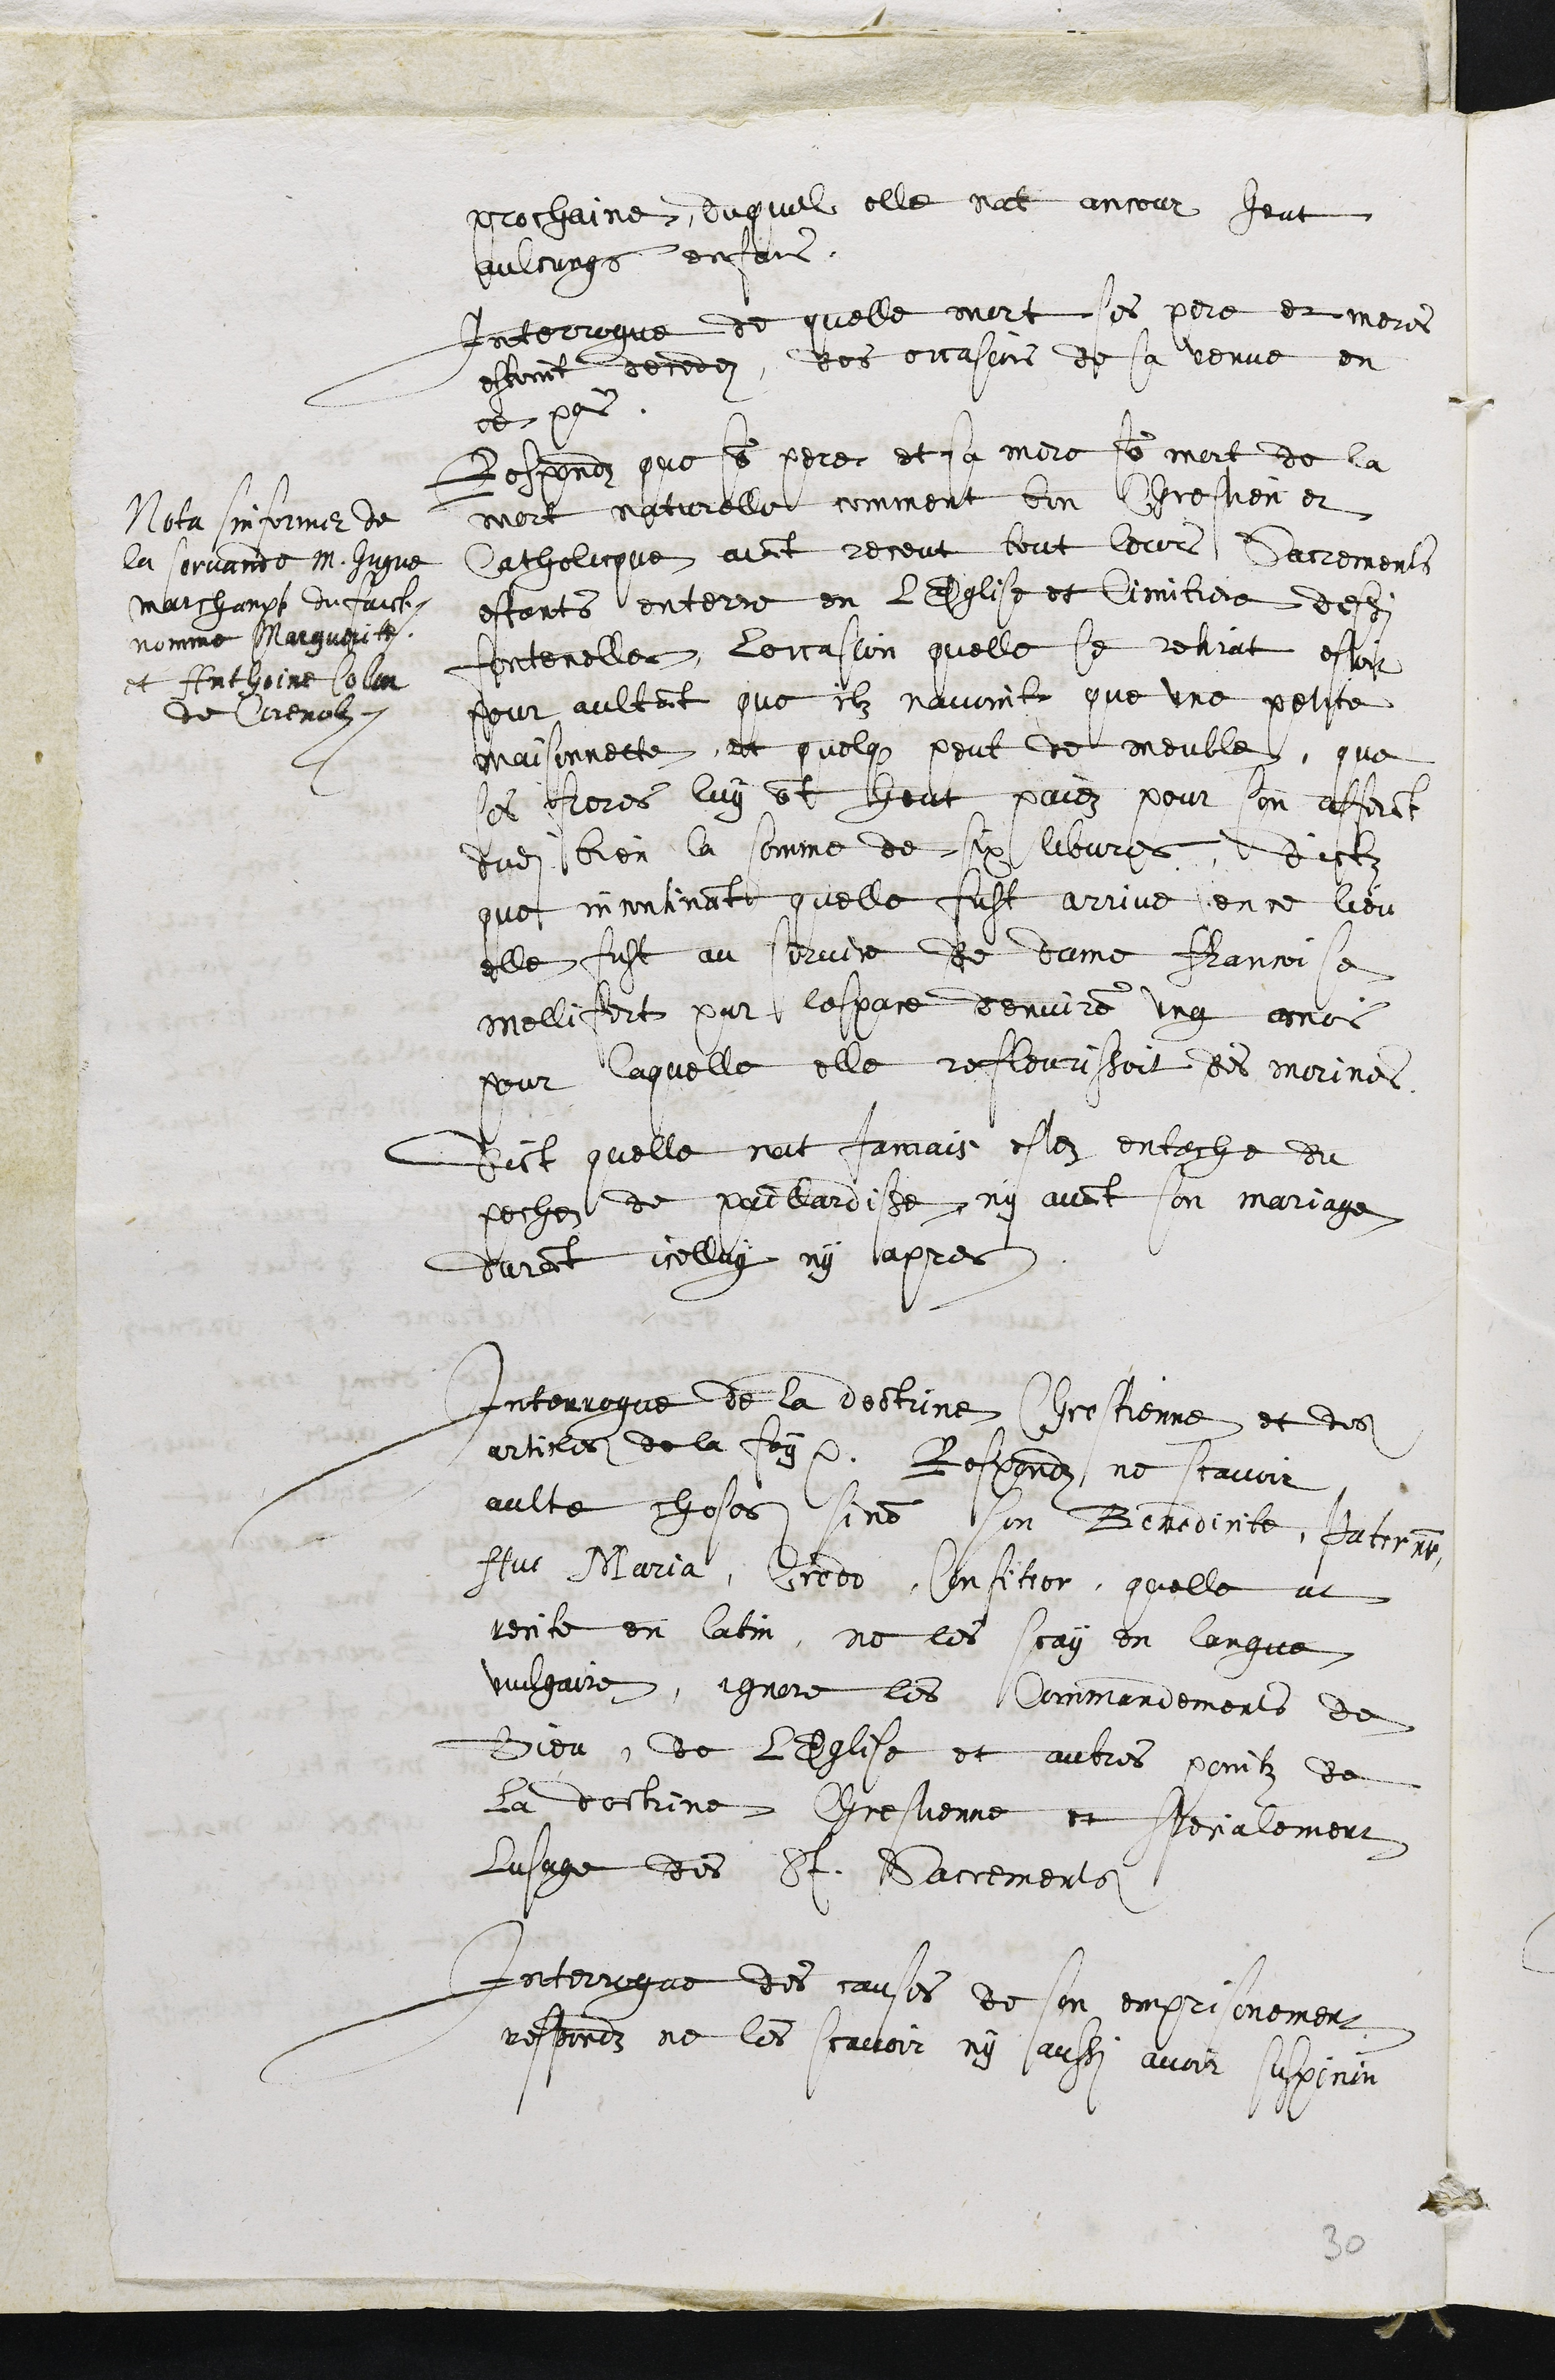
prochaine, duquel elle nat ancour heut
aulcungs enfans,
Interrogue de quelle mort ses pere et meres
estoint decedez, des occasions de sa venue en
ce pais.
Respondz que son pere et sa mere sont mort de la
mort naturelle comment bon Chrestien et
Catholicque aiant receut tout leurs Sacrements
estants enterre en lEglise et Cimitiere desdites
Fontenelles. Loccasion quelle se retirat estoit
pour aultant que ilz navoint que une petite
maisonnette, et quelque peut de meuble, que
ses freres luy ont heut paiez pour son affrant
dudit bien la somme de six libvres, dictz
que incontinant quelle fust arrive en ce lieu
elle fust au servire de Dame Francoise
Mellifert par lespace denviron ung mois
pour laquelle elle refleurissoit des morines.
Nota sinformer de
la servande M. Hugue
Marchampt du faict,
nomme Marguerite,
et Anthoine Collon
de Corenolz.
Dict quelle nat jamais estez entache du
peche de paillardisse ny avant son mariage
durant icelluy ny apres
Interrogue de la doctrine Chrestienne et des
articles de la foy. Respondz ne scavoir
aulte choses, sinon son Benedicite, Pater nr
Ave Maria, Credo, Confiteor, quelle at
recite en latin, ne les scay en langue
vulgaire, ignore les Commandements de
Dieu, de lEglise et autres pointz de
la doctrine Chrestienne et specialement
lusage des St. Sacrements
Interrogue des causes de son emprisonnement
respondz ne les scaitoir, ny aussi avoir suspicion
30